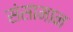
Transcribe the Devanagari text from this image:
संसामान